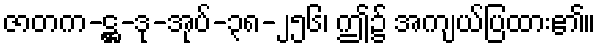
ဇာတက-ဋ္ဌ-ဒု-အုပ်-၃၈-၂၅၆၊ ဤ၌ အကျယ်ပြထား၏။